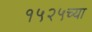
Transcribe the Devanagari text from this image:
१५२५च्या